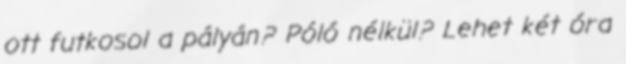
ott futkosol a pályán? Póló nélkül? Lehet két óra